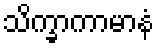
သိက္ခာကာမာနံ